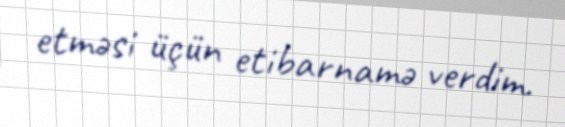
etməsi üçün etibarnamə verdim.